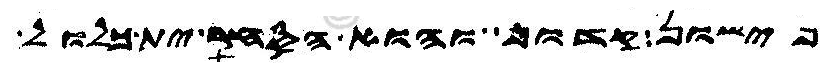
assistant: פישון קדוף והוא הסחר ית כלול